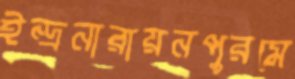
ইন্দ্রনারায়নপুরমে